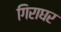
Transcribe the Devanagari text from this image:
गिराघर